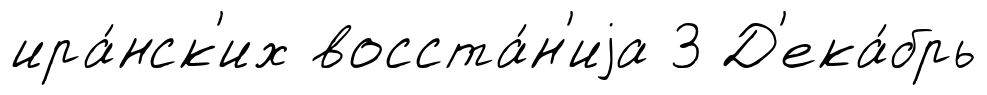
ира́нск'их восста́н'иjа 3 Д'ека́брь